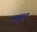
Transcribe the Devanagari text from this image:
मधुघृत